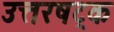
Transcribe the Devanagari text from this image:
उत्तरषट्क